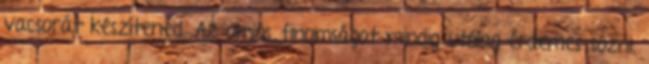
vacsorát készítened. Az omlós finomságot mindig utólag érdemes sózni,